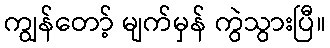
ကျွန်တော့် မျက်မှန် ကွဲသွားပြီ။